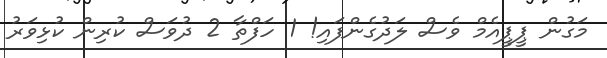
މަގުން ޕީޕީއެމް ވެސް ލަދުގެންފައި! 1 ހަފްތާ 2 ދުވަސް ކުރިން ކުޅިވަރު